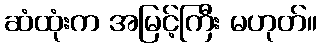
ဆံထုံးက အမြင့်ကြီး မဟုတ်။